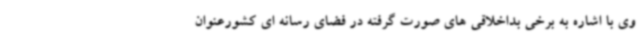
وی با اشاره به برخی بداخلاقی های صورت گرفته در فضای رسانه ای کشورعنوان